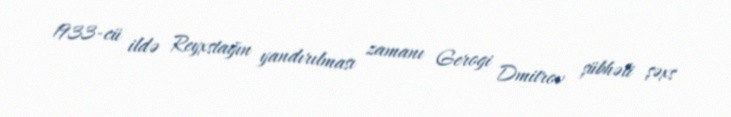
1933-cü ildə Reyxstağın yandırılması zamanı Gerogi Dmitrov şübhəli şəxs